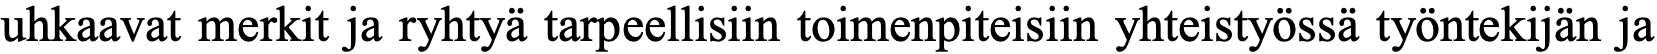
uhkaavat merkit ja ryhtyä tarpeellisiin toimenpiteisiin yhteistyössä työntekijän ja